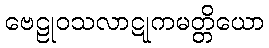
ဗေဠုဝသလာဋုကမတ္တိယော